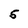
Character: 5